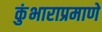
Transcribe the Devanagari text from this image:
कुंभाराप्रमाणे